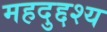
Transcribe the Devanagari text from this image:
महदुद्दश्य